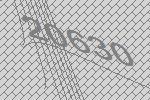
20630